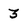
Character: 3